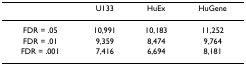
<table><thead><tr><td></td><td><b>U133</b></td><td><b>HuEx</b></td><td><b>HuGene</b></td></tr></thead><tbody><tr><td>FDR = .05</td><td>10,991</td><td>10,183</td><td>11,252</td></tr><tr><td>FDR = .01</td><td>9,359</td><td>8,474</td><td>9,764</td></tr><tr><td>FDR = .001</td><td>7,416</td><td>6,694</td><td>8,181</td></tr></tbody></table>